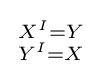
{\begin{smallmatrix}X^{I}=Y\\Y^{I}=X\end{smallmatrix}}